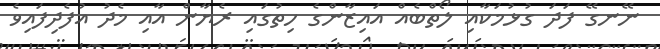
ނޭނގޭ ފަދަ ގުޅުމަކާއި ލޯތްބެއް އައިޒާންގެ ހިތުގައި ރެޔާން އާއި މެދު އުފެދިފައިވެ